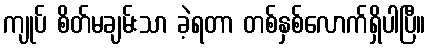
ကျုပ် စိတ်မချမ်းသာ ခဲ့ရတာ တစ်နှစ်လောက်ရှိပါပြီ။